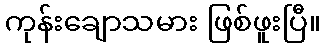
ကုန်းချောသမား ဖြစ်ဖူးပြီ။